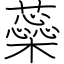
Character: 蘂